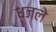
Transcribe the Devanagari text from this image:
धजले